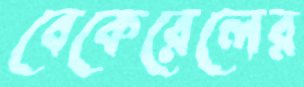
বেকেরেলের